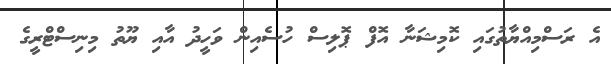
އެ ރަސްމިއްޔާތުގައި ކޮމިޝަނާ އޮފް ޕޮލިސް ހުސެއިން ވަހީދު އާއި ޔޫތު މިނިސްޓްރީގެ